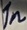
Text: 1n